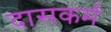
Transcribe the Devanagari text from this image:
दासकर्म